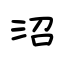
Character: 沼